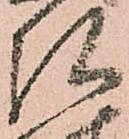
弘